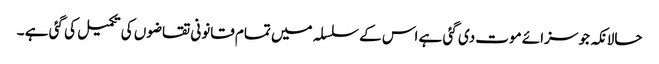
حالانکہ جو سزائے موت دی گئی ہے اس کے سلسلہ میں تمام قانونی تقاضوں کی تکمیل کی گئی ہے ۔